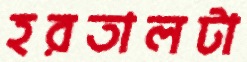
হরতালটা